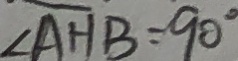
\angle A H B = 9 0 ^ { \circ }